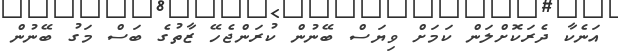
އަނެކާ ދެރަކޮށްލަން ކަމަށް ވިޔަސް ބޭނުން ކުރަންޖެހޭ ޒާތުގެ ބަސް މަގު ބޭނުން